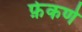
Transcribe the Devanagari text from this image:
फ़ेकणे